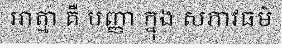
អាត្មា គឺ បញ្ញា ក្នុង សភាវធម៌